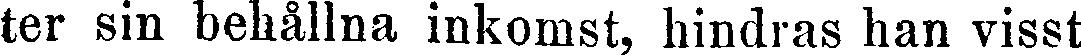
ter sin behållna inkomst, hindras han visst